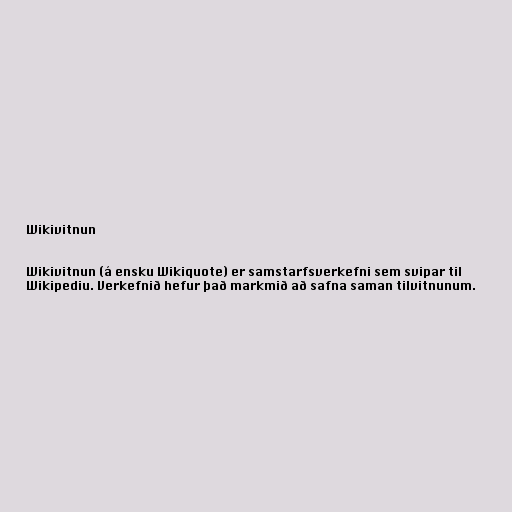
Wikivitnun

Wikivitnun (á ensku Wikiquote) er samstarfsverkefni sem svipar til
Wikipediu. Verkefnið hefur það markmið að safna saman tilvitnunum.